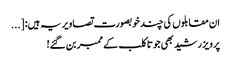
ان مقابلوں کی چند خوبصورت تصاویر یہ ہیں: [...
پرویز رشید بھی جوتا کلب کے ممبر بن گئے!